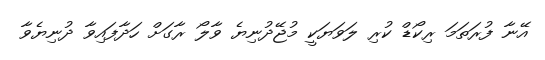
އޭނާ ފުރަތަމަ ރިކޯޑް ކުރި ލަވަޔަކީ މުޖޭދުނިޔެ ވާލޯ ރާގަށް ހަދާފައިވާ ދުނިޔެވާ